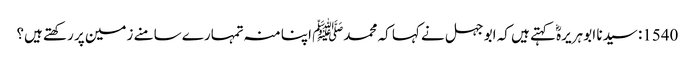
1540: سیدنا ابو ہریرہؓ کہتے ہیں کہ ابو جہل نے کہا کہ محمدﷺ اپنا منہ تمہارے سامنے زمین پر رکھتے ہیں؟